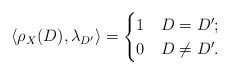
LaTeX: \begin{align*} \langle \rho_X(D), \lambda_{D'} \rangle =\begin{cases}1 & D = D'; \\0 & D \ne D'.\end{cases}\end{align*}